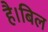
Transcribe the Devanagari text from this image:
है।बिल